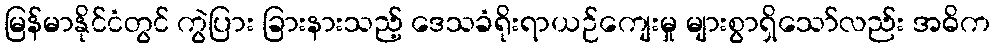
မြန်မာနိုင်ငံတွင် ကွဲပြား ခြားနားသည့် ဒေသခံရိုးရာယဉ်ကျေးမှု များစွာရှိသော်လည်း အဓိက